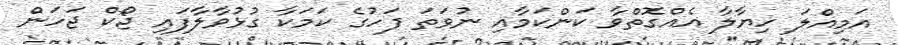
އަމިއްލަ ހިޔާލާ އެއްގޮތްވާ ކަންކަމާއި ނުވަތަ ފަހުގެ ކަމަކާ ގުޅުވާލާފައި ޖޯކް ޖަހަން